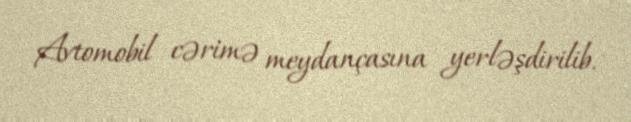
Avtomobil cərimə meydançasına yerləşdirilib.